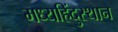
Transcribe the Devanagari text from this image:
मध्यहिंदुस्थान